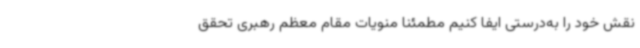
نقش خود را به‌درستی ایفا کنیم مطمئناً منویات مقام معظم رهبری تحقق